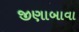
જીણાબાવા